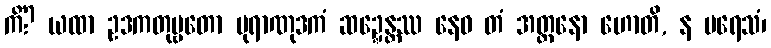
ကိံ? ယထာ ဥဒကတုမ္ဗတော ပုရာဏုဒကံ ဆဍ္ဍေန္တဿ နေဝ တံ အတ္တနော ဟောတိ, န ပရေသံ၊